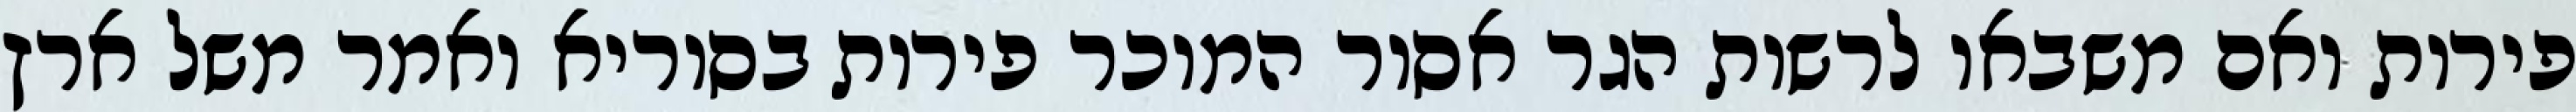
פירות ואם משבאו לרשות הגר אסור המוכר פירות בסוריא ואמר משל ארץ